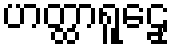
ဟတ္ထာရူဠှေ